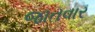
જાતવાર